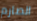
الصارم